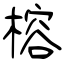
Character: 榕